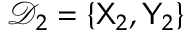
\mathcal { D } _ { 2 } = \{ { \sf X } _ { 2 } , { \sf Y } _ { 2 } \}